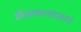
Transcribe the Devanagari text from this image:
वीजप्रकल्पांप्रमाणे